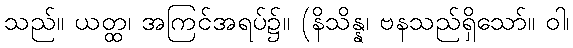
သည်။ ယတ္ထ၊ အကြင်အရပ်၌။ (နိသိန္န၊ ဗနသည်ရှိသော်။ ဝါ၊